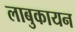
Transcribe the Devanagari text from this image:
लाबुकायन